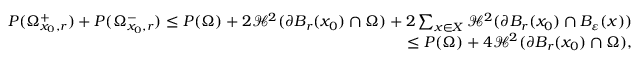
\begin{array} { r } { P ( \Omega _ { x _ { 0 } , r } ^ { + } ) + P ( \Omega _ { x _ { 0 } , r } ^ { - } ) \leq P ( \Omega ) + 2 \mathcal H ^ { 2 } ( \partial B _ { r } ( x _ { 0 } ) \cap \Omega ) + 2 \sum _ { x \in X } \mathcal H ^ { 2 } ( \partial B _ { r } ( x _ { 0 } ) \cap B _ { \varepsilon } ( x ) ) } \\ { \leq P ( \Omega ) + 4 \mathcal H ^ { 2 } ( \partial B _ { r } ( x _ { 0 } ) \cap \Omega ) , } \end{array}